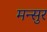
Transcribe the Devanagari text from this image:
मन्सुर